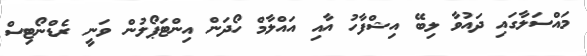
މައްސަލާގައި ދައުވާ ލިބޭ އިޝްފާހު އާއި އައްލާމް ހޯދަން އިންޓަޕޯލުން ވަނީ ރެޑްނޯޓިސް